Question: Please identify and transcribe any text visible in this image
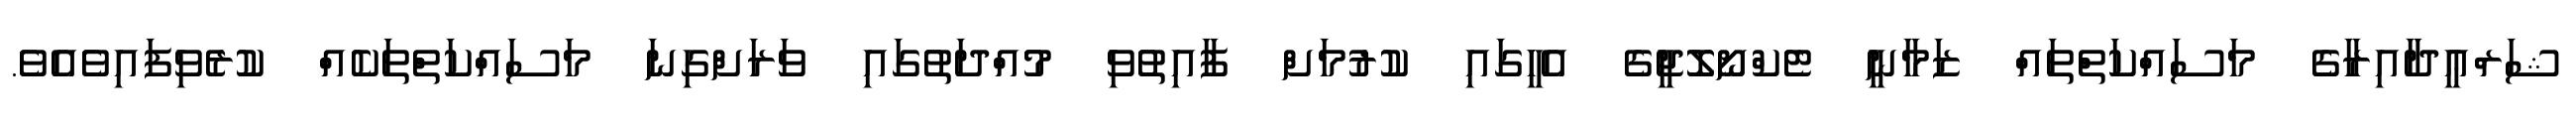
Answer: ޝަރްޢީދާއިރާގެ މަސައްކަތްތައް ޒަމާނީ ޓެކްނޯލޮޖީގެ އެހީގައި ކުރުމަށް ފާއިތުވި މުއްދަތުގައި ވަރަށްގިނަ މަސައްކަތްތަކެއް ކުރެވިފައިވެއެވެ.